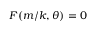
F ( m / k , \theta ) = 0